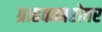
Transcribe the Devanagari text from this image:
ग्राहकाबरोबर